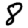
Digit: 8